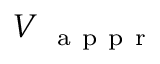
{ V } _ { \mathrm { ~ { ~ a ~ p ~ p ~ r ~ } ~ } }